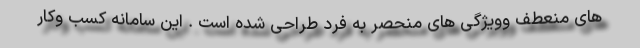
های منعطف وویژگی های منحصر به فرد طراحی شده است . این سامانه کسب وکار